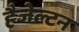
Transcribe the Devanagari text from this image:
हैजेल्टन